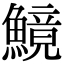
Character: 𩺿